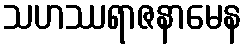
သဟဿရာဇနာမေန